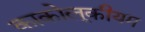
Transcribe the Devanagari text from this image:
काकोलूकीयम